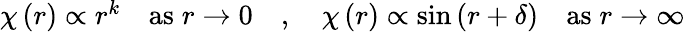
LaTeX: \begin{array}{r}{\chi\left(r\right)\propto r^{k}\quad\mathrm{as}\; r\rightarrow 0\quad,\quad\chi\left(r\right)\propto\sin\left(r+\delta\right)\quad\mathrm{as}\; r\rightarrow\infty}\end{array}